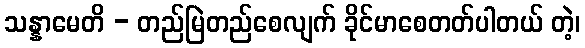
သန္နာမေတိ - တည်မြဲတည်စေလျက် ခိုင်မာစေတတ်ပါတယ် တဲ့၊